Annual report on the working of the lock hospitals in the North-Western Provinces and Oudh
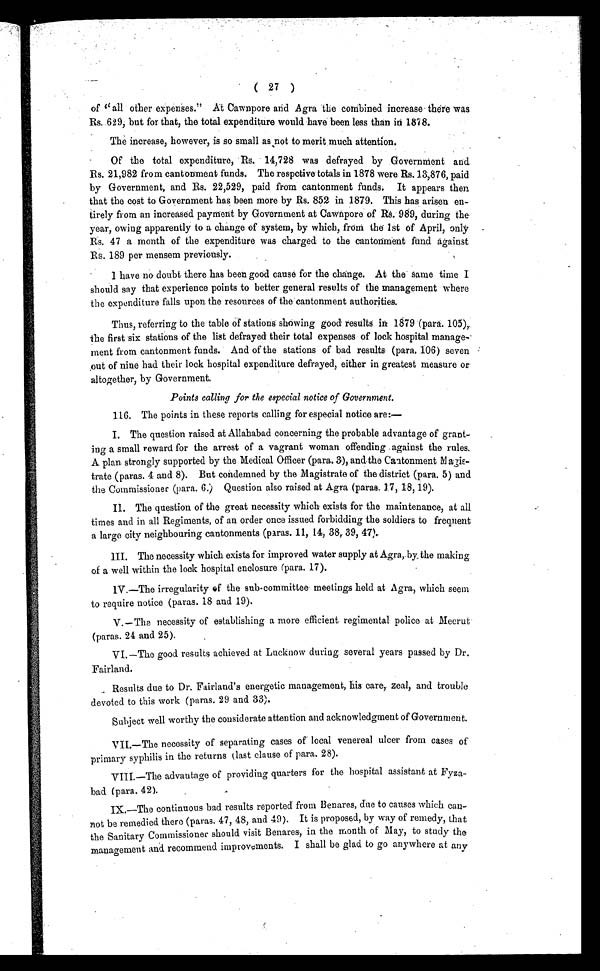
( 27 )
of '' all other expenses." At Cawnpore and Agra the combined increase there was
Rs. 629, but for that, the total expenditure would have been less than in 1878.
The increase, however, is so small as not to merit much attention.
Of the total expenditure, Rs. 14,728 was defrayed by Government and
Rs. 21,982 from cantonment funds. The respctive totals in 1878 were Rs. 13,876, paid
by Government, and Rs. 22,529, paid from cantonment funds.It appears then
that the cost to Government has been more by Rs. 852 in 1879. This has arisen en-
tirely from an increased payment by Government at Cawnpore of Rs 989, during the
year, owing apparently to a change of system, by which, from the 1st of April, only
Rs. 47 a month of the expenditure was charged to the cantonment fund against
Rs. 189 per mensem previously.
1 have no doubt there has been good cause for the change. At the same time I
should say that experience points to better general results of the management where
the expenditure falls upon the resources of the cantonment authorities.
Thus, referring to the table of stations showing good results in 1879 (para. 105),
the first six stations of the list defrayed their total expenses of lock hospital manage-
ment from cantonment funds. And of the stations of bad results (para. 106) seven
out of nine had their lock hospital expenditure defrayed, either in greatest measure or
altogether, by Government.
Points calling for the especial notice of Government.
116.The.points.in.these.reports.calling.for.especial notice are:
I. The question raised at Allahabad concerning the probable advantage of grant
- i n g a s m a l l r e w a r d f o r t h e a r r e s t o f a v a g r a n t w o m a n o f f e n d i n g a g a i n s t t h e r u l e s .
A plan strongly supported by the Medical Officer (para. 3), and the Cantonment Magis-
trate (paras. 4 and 8). But condemned by the Magistrate of the district (para. 5) and
the Commissioner (para. 6.) Question also raised at Agra (paras. 17, 18, 19).
II. The question of the great necessity which exists for the maintenance, at all
times and in all Regiments, of an order once issued forbidding the soldiers to frequent
a large city neighbouring cantonments (paras. 11, 14, 38, 39, 47).
M. The necessity which exists for improved water supply at Agra, by the making
of a well within the lock hospital enclosure (para. 17).
1V.—The irregularity of the sub-committee meetings held at Agra, which seem
to require notice (paras. 18 and 19).
V.—The necessity of establishing a more efficient regimental police at Meerut
(paras. 24 and 25).
VI.—The good results achieved at Lucknow during several years passed by Dr.
Fairland.
Results due to Dr. Fairland's energetic management, his care, zeal, and trouble
devoted to this work (paras. 29 and 33).
Subject well worthy the considerate attention and acknowledgment of Government.
VII.—The necessity of separating cases of local venereal ulcer from cases of
primary syphilis in the returns (last clause of para. 28).
VIII.—The advantage of providing quarters for the hospital assistant at Fyza
-bad (para. 42).
IX.—The continuous bad results reported from Benares, due to causes which can-
not be remedied there (paras. 47, 48, and 49). It is proposed, by way of remedy, that
the Sanitary Commissioner should visit Benares, in the month of May, to study the
management and recommend improvements. I shall be glad to go anywhere at any